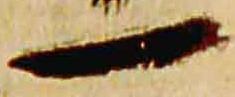
一